Insane asylums in Bengal annual reports 1867-1875 - 1867-1875
Year: 1867
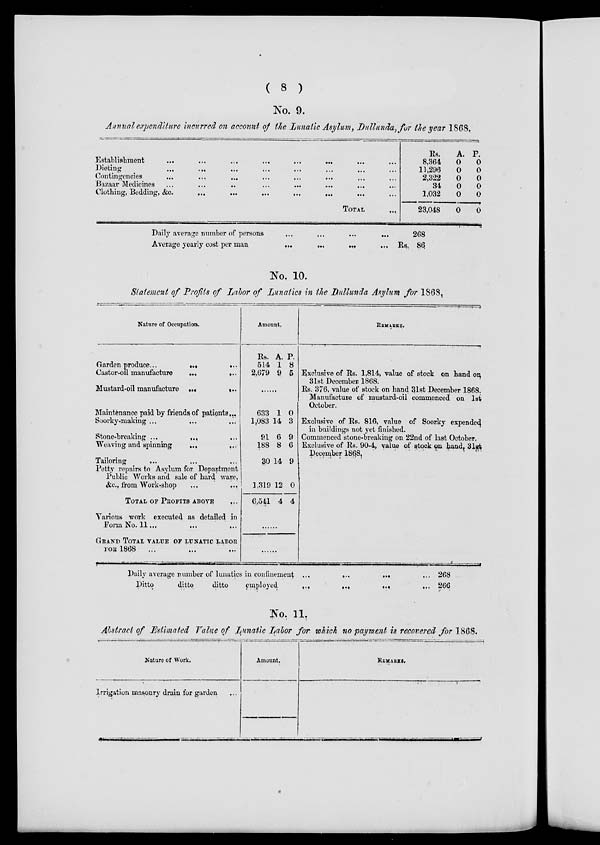
( 8 )
No. 9.
Annual expenditure incurred on account of the Lunatic Asylum, Dullunda,for the year 1868.
Establishment ... ... ... ... ... ... ... ...
Dieting ... ... ... ... ... ... ... ...
Contingencies ... ... ... ... ... ... ... ...
Bazaar Medicines
...
...
..
...
...
...
...
Clothing, Bedding, &c.
...
...
...
...
...
TOTAL
...
Rs.
8,364
11,296
2,322
34
1,032
23,048
A.
0
0
0
0
0
0
P.
0
0
0
0
0
0
Daily average number of persons
...
...
...
...
Average yearly cost per man
...
...
...
...
268
Rs. 86
No. 10.
Statement of Profits of Lahor of Lunatics in the Dullunda Asylum for 1868.
Nature of Occupation.
Garden produce...
...
...
Castor-oil manufacture
...
...
Mustard-oil manufacture ...
...
Maintenance paid by friends of patients ...
Soorky-making ...
...
Stone-breaking ...
...
Weaving and spinning
...
...
Tailoring ... ... ...
Petty repairs to Asylum for Department
Public Works and sale of hard ware,
&c.,from Work-shop
...
...
TOTAL OF PROFITS ABOVE
Various work executed as detailed in
Form No. 11...
GRAND TOTAL VALUE OF LUNATIC LABOR
FOR 1868
Amount.
Rs.
514
2,679
A.
1
9
P.
8
5
......
633
1,083
91
188
30
1,319
6,541
1
14
6
8
14
12
4
0
3
9
6
9
0
4
REMARKS.
Exclusive of Rs. 1,814, value of stock on hand on
31st December 1868.
Rs. 376, value of stock on hand 31st December 1868.
Manufacture of mustard-oil commenced on 1st
October.
Exclusive of Rs. 816, value of Soorky expended
in buildings not yet finished.
Commenced stone-breaking on 22nd of last October.
Exclusive of Rs. 90-4, value of stock on hand, 31st
December 1868.
Daily average number of lunatics in confinement ...
...
...
Ditto
ditto
ditto
employed
...
...
...
...
268
266
No. 11.
Abstract of Estimated Value of Lunatic Lahor for which no payment is recovered for 1868.
Nature of Work.
Irrigation masonry drain for garden...
Amount.
REMARKS.